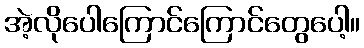
အဲ့လိုပေါကြောင်ကြောင်တွေပေါ့။